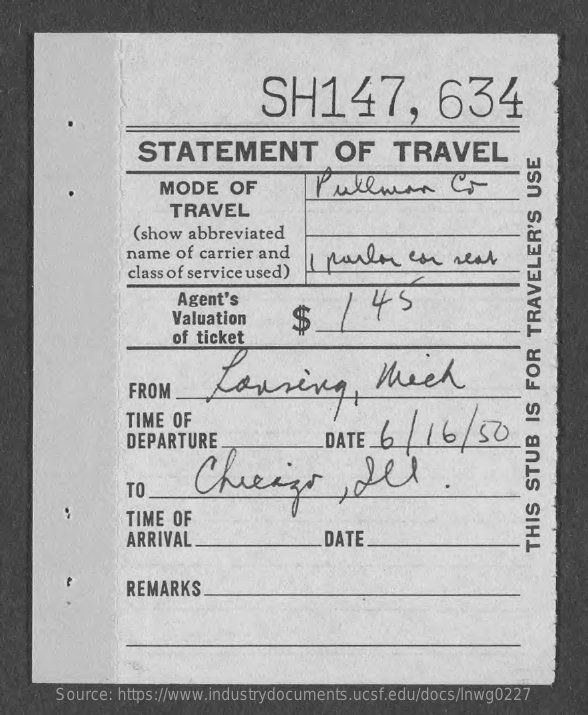
SH147,    634
     STATEMENT    OF    TRAVEL
     MODE    OF    Pullman    Co
     TRAVEL
     (show abbreviated
     name  of carrier and  I parlo    con   real
     class of service used)
     Agent's    45
     Valuation
     of ticket
     Loving,    tech
     FROM
     TIME OF
     DEPARTURE    DATE   6  /16/50
     Chicago    del.
     TO
     TIME OF
     ARRIVAL    DATE    THIS
     STUB
     IS
     FOR
     TRAVELER'S
     USE
     REMARKS
     Source: https://www.industrydocuments.ucsf.edu/docs/lnwg0227